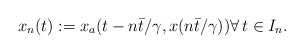
\begin{align*}x_n(t) :=x_a(t-n{\bar{t}}/{\gamma},x(n{\bar{t}}/{\gamma})) \forall \, t \in I_n.\end{align*}